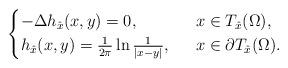
LaTeX: \begin{align*}\begin{cases}-\Delta h_{\hat{x}}(x, y)=0, \ \ &x\in T_{\hat{x}}(\Omega),\\h_{\hat{x}}(x, y)=\frac{1}{2\pi}\ln\frac{1}{|x-y|}, \ \ &x\in \partial T_{\hat{x}}(\Omega).\end{cases}\end{align*}